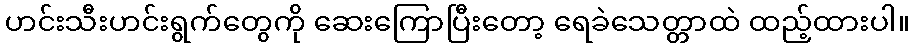
ဟင်းသီးဟင်းရွက်တွေကို ဆေးကြောပြီးတော့ ရေခဲသေတ္တာထဲ ထည့်ထားပါ။